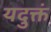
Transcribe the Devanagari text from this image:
यदुक्तं